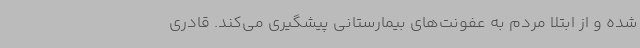
شده و از ابتلا مردم به عفونت‌های بیمارستانی پیشگیری می‌کند. قادری